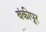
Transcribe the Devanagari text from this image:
बंकीपूर